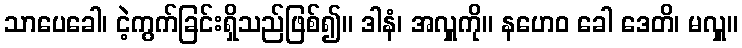
သာပေခေါ၊ ငဲ့ကွက်ခြင်းရှိသည်ဖြစ်၍။ ဒါနံ၊ အလှူကို။ နဟေဝ ခေါ ဒေတိ၊ မလှူ။